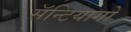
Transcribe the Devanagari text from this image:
सॅन्टियागो